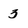
Character: 3